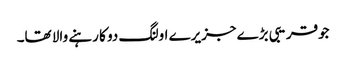
جوقریبی بڑے جزیرے اولنگ دو کا رہنے والا تھا۔